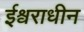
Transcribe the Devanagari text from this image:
ईश्वराधीन